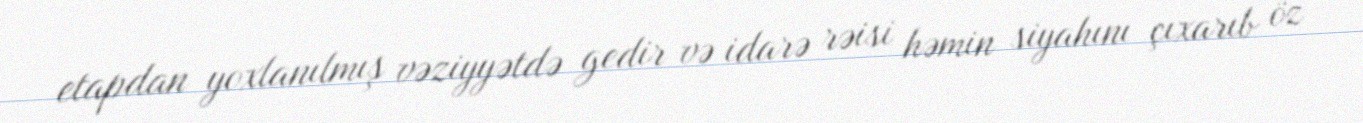
etapdan yoxlanılmış vəziyyətdə gedir və idarə rəisi həmin siyahını çıxarıb öz